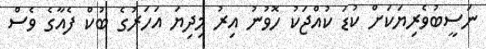
ނަސީބުވެރިޔަކަށް ކުޑަ ކުއްޖަކު ހޮވުނު އިރު މިދިޔަ އަހަރުގެ ބުކް ފެއާގެ ވެސް